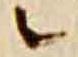
ニ